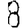
Digit: 8